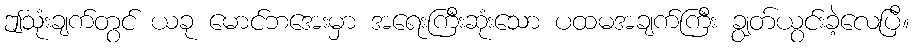
ဤသုံးချက်တွင် ယခု မောင်ဘအေးမှာ အရေးကြီးဆုံးသော ပထမအချက်ကြီး ချွတ်ယွင်းခဲ့လေပြီ။